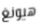
هيونغ